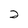
Character: 2